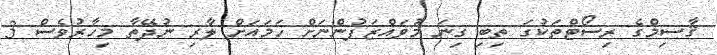
ޤާސިމްގެ ރިސޯޓްތަކުގަ ތިބި ގިނަ މުވައްޒަފުންނަށް ހަމައަށް ލާރި ނުދޭތާ މިހާރުވެސް 3